Annual report on the health of the army in India
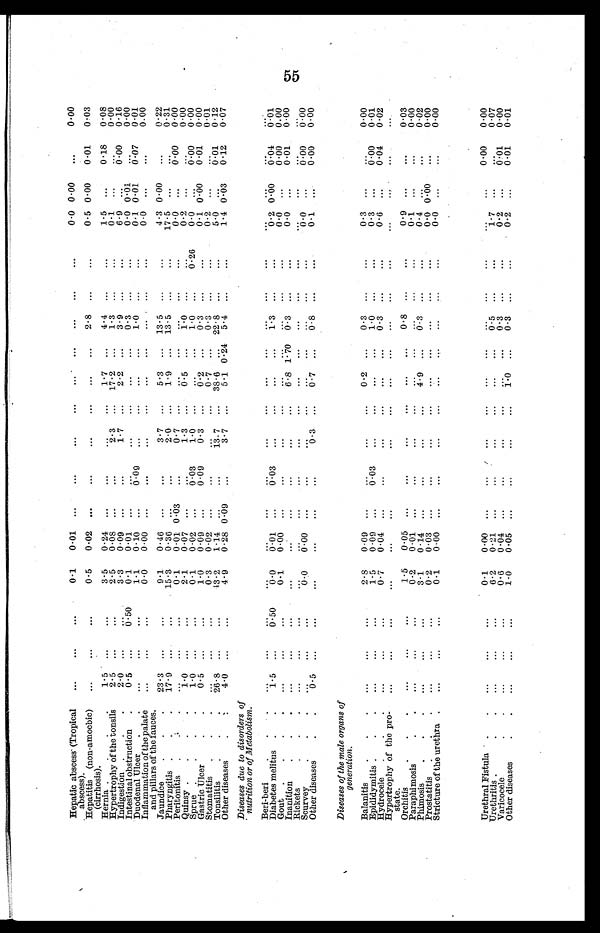
Hepatic abscess (Tropical
abscess).
...
...
...
0.1
0.01 ...
...
...
...
...
...
...
...
...
0.0 0.00
...
0.00
Hepatitis (non-amocbic)
(cirrhosis).
...
...
...
0.5
0.02 ...
...
...
...
...
...
2.8 ...
...
0.5 0.00
0.01
0.03
Hernia.
.
1.5 ...
...
3.5
0.24 ...
...
...
...
1.7 ...
4.4 ...
...
1.5 ...
0.18
0.08
Hypertrophy of the tonsils
2.5 ...
...
2.5
0.08 ...
...
2.3 ... 17.2 ...
1.3 ...
...
0.1 ... ...
0.00
Indigestion .
. .
2.0 ... ...
3.3
0.09 ...
...
1.7 ...
2.2 ...
3.9 ...
...
6.9 ...
0 . 0 0 0.16
Intestinal obstruction
.
0.5 ...
0.50
0.1
0.01 ...
...
...
...
... ...
0.3 ... ...
0 . 0
0 . 0 1 ...
0.00
Duodenal Ulcer
.
.
...
...
...
1 . 1 0.10 ...
0.09
...
...
...
...
1.0 ...
...
0.1 0.01
0.07
0.01
Inflammationof the palate
and pillars of the fauces.
...
...
...
0.0
0.00 ...
...
...
...
...
...
...
...
...
0.0 ...
...
0.00
Jaundice
. .
23.3 ...
...
9.1
0.46 ...
...
3.7 ...
5.3 ... 13.5 ...
...
4.3 0.00
...
0.22
Pharyngitis . . .
17.9 ...
...
15.3
0.36 ...
...
2.0
...
1.9 ... 13.5 ...
...
17.5 ... ...
0.31
Peritonitis .
.
...
... ...
0.1
0.01 0.03
...
0.7
...
...
...
...
...
...
0.0 ...
0 . 0 0
0 . 0 0
Quinsy .
. . .
1.0 ...
...
2.1
0.07 ...
...
1.3 ...
0.5 ...
1 . 0 ... ...
0.2
... ...
0.00
Sprue .
. . .
1.0 ...
...
0 . 1
0.02 ...
0.03
1 . 0 ...
...
...
1.0 ...
0.26
0.0 ...
0.00
0.00
Gastric Ulcer
.
0.5 ...
...
1.0
0.09 ...
0.09
0.3 ...
0.2 ...
0.3 ... ...
0 . 1
0 . 0 0 0.01
0 . 0 0
Stomatitis
...
...
...
0.3
0.02 ... ...
...
...
0.7 ...
0.3 ...
...
0.2 ... ...
0.01
Tonsilitis
. . .
2 6 . 8 ...
...
43.2
1.14 ... ...
1 3 . 7 ... 38.6 ...
22.8 ...
...
5 . 0 ...
0 . 0 1 0.12
Other diseases
.
.
4.0 ... ...
4 . 9 0.28 0.09
...
3.7 ...
5.1 0.24 5.4 ...
...
1.4 0.03
0.12
0.07
Diseases due to disorders of
nutrition or of Metabolism.
Beri-beri.
.
...
...
...
...
...
...
...
...
...
...
...
...
...
...
...
...
...
...
Diabetes melitus . .
1 . 5
...
0.50
0 . 0 0.01 ...
0 . 0 3 ...
...
...
...
1.3 ...
...
0.2
0 . 0 0 0.04
0.01
Gout .
. . .
...
... ...
0.1
0.00 ... ...
...
...
...
...
...
...
...
0.0 ...
0.00
0.00
Inanition .
. .
...
...
...
...
...
...
...
...
...
6.8 1.70
0 . 3 ...
...
0.0 ...
0.01
0.00
Rickets . .
...
...
...
...
...
... ...
...
...
...
...
...
... ...
...
... ...
...
Scurvey
.
.
.
...
...
...
0 . 0 0.00 ...
...
... ...
. . .
...
...
. . .
...
0.0 ...
0.00
0.00
Other diseases
.
0.5 ...
...
...
...
...
...
0.3 ...
0.7 ...
0.8 ...
...
0.1 ...
0.00
0.00
Diseases of the male organs of
generation.
Balanitis .
. ...
...
...
2.8
0.09 ... ...
...
...
0.2 ...
0.3 ...
...
0.3 ... ...
0.00
Epididymitis .
.
.
...
...
...
1.5
0.09 ...
0.03
...
...
...
...
1.0 ...
...
0.3 ...
0.00
0.01
Hydrocele .
.
.
...
...
...
0.7
0.04 ...
...
...
...
...
...
0.3 ...
...
0.6 ...
0.04
0.02
Hypertrophyof the pro-
state.
...
...
...
...
...
...
...
...
...
...
...
...
...
...
...
...
...
...
Orchitis .
.
...
...
...
1.5
0.05 ...
...
...
...
...
...
0.8 ...
...
0.9 ...
...
0.03
Paraphimosis .
...
... ...
0.2
0.01 ...
...
...
...
...
...
...
... ...
0 . 1 ...
...
0.00
Phimosis .
.
.
...
...
...
3.1
0.14 ... ...
...
...
4.9 ...
0.3 ...
...
0.4 ...
...
0.02
Prostatitis .
...
... ...
0.2
0.03 ...
...
...
...
...
...
... ...
...
0.0 0.00
...
0.00
Strictureof the urethra .
...
...
...
0.1
0.00 ...
...
...
...
...
...
...
...
...
0.0 ...
...
0.00
UrethralFistula .
.
...
...
...
0.1
0.00 ...
...
...
...
...
...
...
...
...
...
...
0 . 0 0
0.00
Urethritis .
...
... ...
6.2
0.21 ... ...
...
...
...
...
0.5 ...
...
1.7 ...
...
0.07
Varicocele .
.
...
...
...
0.6
0.04 ...
...
...
...
...
...
0.3 ...
...
0.2 ...
0.01
0.00
Other diseases
.
.
...
...
...
1.0
0.05 ...
...
...
...
1.0 ...
0.3 ...
...
0.2 ...
0.01
0.01
55